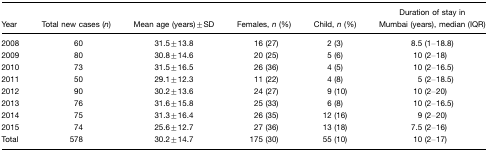
| Year | Total new cases (n) | Mean age (years)±SD | Females, n (%) | Child, n (%) | Duration of stay in Mumbai (years), median (IQR) |
 | --- | --- | --- | --- | --- | --- |
 | 2008 | 60 | 31.5±13.8 | 16 (27) | 2 (3) | 8.5 (1–18.8) |
 | 2009 | 80 | 30.8±14.6 | 20 (25) | 5 (6) | 10 (2–18) |
 | 2010 | 73 | 31.5±16.5 | 26 (36) | 4 (5) | 10 (2–16.5) |
 | 2011 | 50 | 29.1±12.3 | 11 (22) | 4 (8) | 5 (2–18.5) |
 | 2012 | 90 | 30.2±13.6 | 24 (27) | 9 (10) | 10 (2–20) |
 | 2013 | 76 | 31.6±15.8 | 25 (33) | 6 (8) | 10 (2–16.5) |
 | 2014 | 75 | 31.3±16.4 | 26 (35) | 12 (16) | 9 (2–20) |
 | 2015 | 74 | 25.6±12.7 | 27 (36) | 13 (18) | 7.5 (2–16) |
 | Total | 578 | 30.2±14.7 | 175 (30) | 55 (10) | 10 (2–17) |